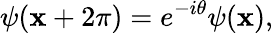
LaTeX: \psi(\mathbf{x}+2\pi)=e^{-i\theta}\psi(\mathbf{x}),